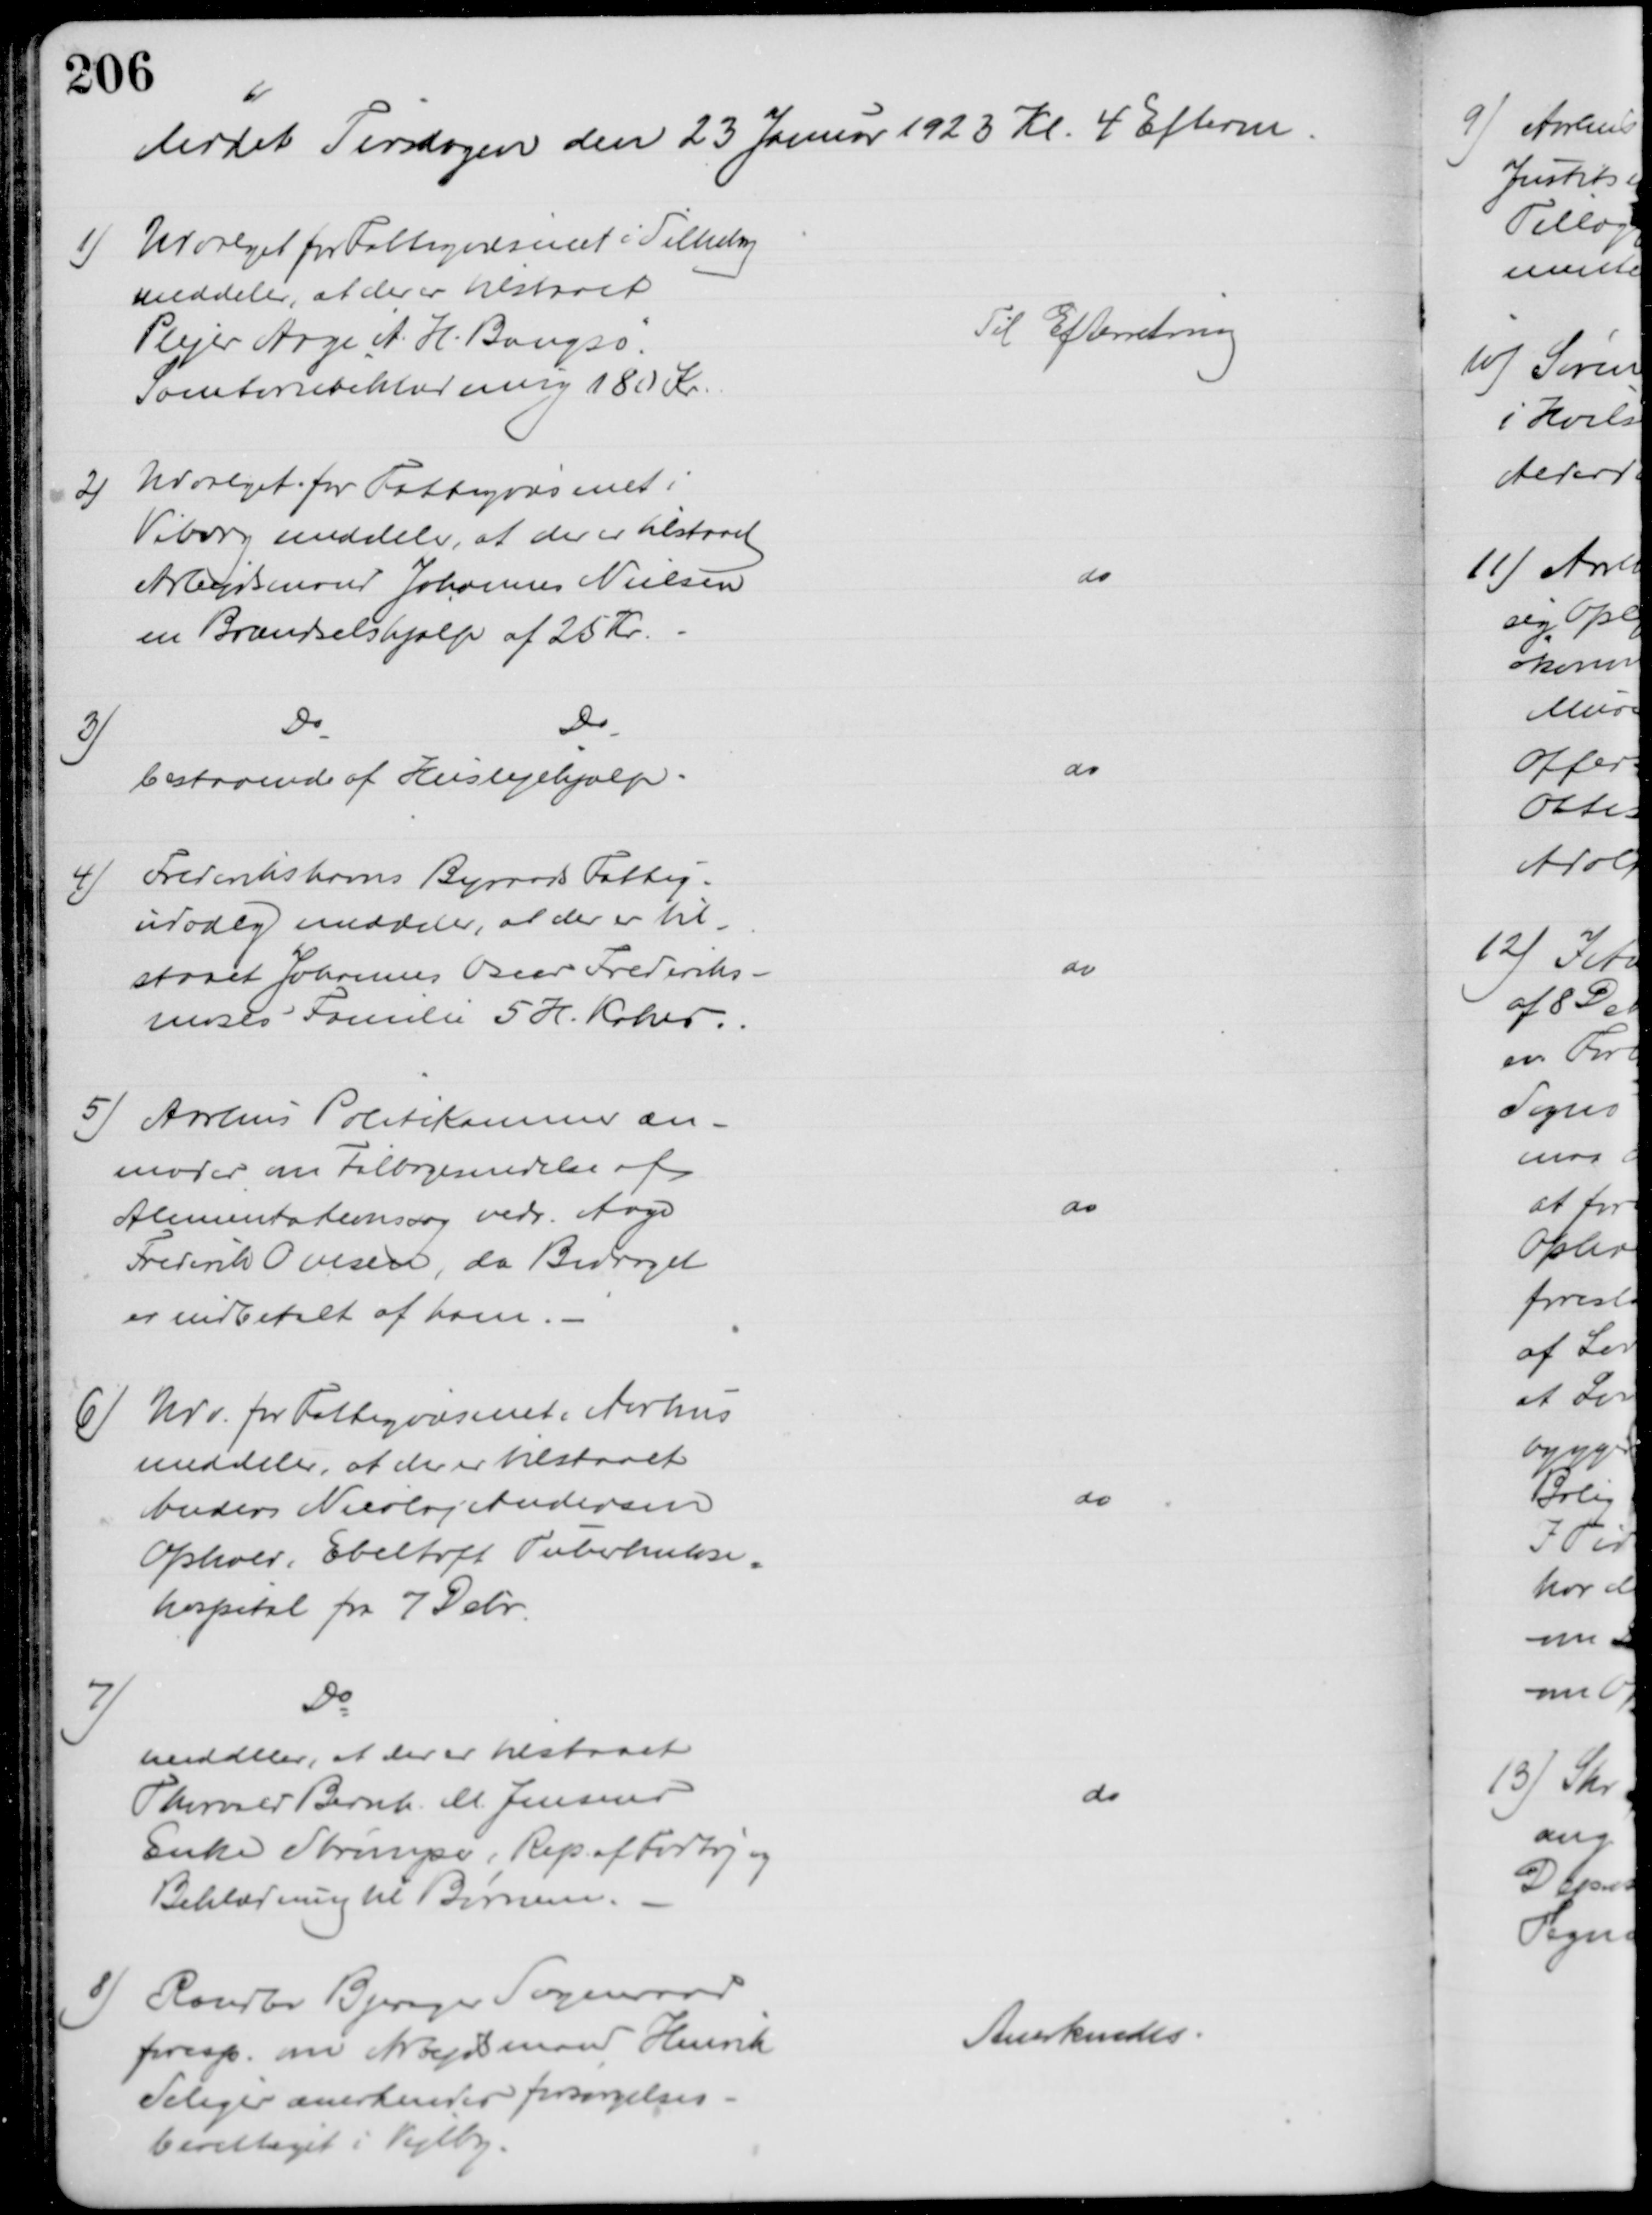
Transskription:
Mødet Tirsdagen den 23 Januar 1923 Kl. 4 Efterm
1) Udvalget for Fattigvæsenet i Silkeborg
meddeler, at der er tilstaaet
Plejer Aage A. H. Bangsø
Sanatoriebeklædning 180 Kr
Til Efterretning
2)
Udvalget for Fattigvæsenet i
Viborg meddeler, at der er tilstaaet 
Arbejdsmand Johannes Nielsen
en Brændselshjælp af 25 Kr.
do
3)
Do
Do
bestaaende af Huslejehjælp.
do
4)
Frederikshavns Byraads Fattig-
udvalg meddeler, at der er til-
staaet Johannes Oscar Frederiks-
moses Familie 5. H. Kokes.
do
5) Aarhus Politikammer an-
moder om Tilbagesendelse af 
Alimentationssag vedr. Aage
Frederik Ovesen, da Bidraget
er indbetalt af ham.
do
6) Udv. for Fattigvæsenet i Aarhus
meddeler, at de er tilstaaet
Anders Nicolaj Andersen
Ophold i Ebeltoft Tuberkulose-
hospital fra 7 Debr.
do
7)
Do
meddeler, at der er tilstaaet
Thorvald Bernh. M. Jensens
Enke Strømper, Rep. af Fodtøj og
Beklædning til Børnene.
do
8)
Randlev Bjerager Sogneraad
foresp. om Arbejdsmand Henrik
Seliger anerkendes forsørgelses-
berettiget i Vejlby.
Anerkendes